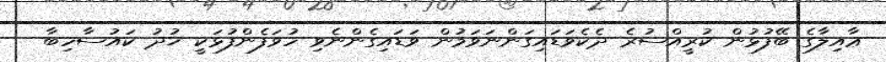
ޢާއިލާގެ ބޭފުޅުން ކުރީއްސުރެ ދެކެވަޑައިގަންނަވަމުން ވަޑައިގެންނެވި ހުވަފެންފުޅަކީ ޚުދު ކައުސާހިބާ